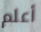
أعلم